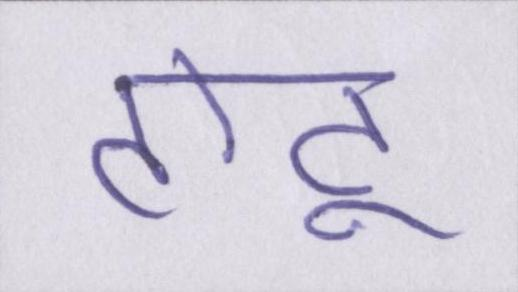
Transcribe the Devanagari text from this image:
टोटू